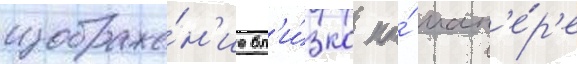
изображе́н'ие бл'и́зко по́ ман'е́р'е